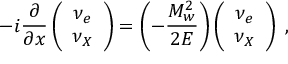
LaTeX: - i \frac { \partial } { \partial x } \left( \begin{array} { c } { { { \nu _ { e } } } } \\ { { { \nu _ { X } } } } \end{array} \right) = \left( - \frac { M _ { w } ^ { 2 } } { 2 E } \right) \left( \begin{array} { c } { { { \nu _ { e } } } } \\ { { { \nu _ { X } } } } \end{array} \right) \; ,